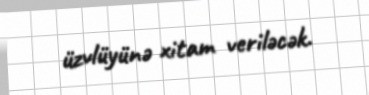
üzvlüyünə xitam veriləcək.